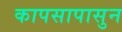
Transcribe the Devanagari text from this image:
कापसापासुन